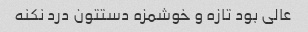
عالی بود تازه و خوشمزه دستتون درد نکنه